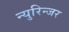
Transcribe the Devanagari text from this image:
न्युरिन्जर